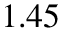
1 . 4 5